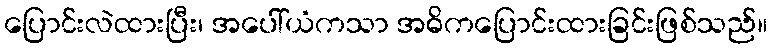
ပြောင်းလဲထားပြီး၊ အပေါ်ယံကသာ အဓိကပြောင်းထားခြင်းဖြစ်သည်။